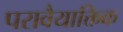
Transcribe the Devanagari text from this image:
परावैयाक्तिक